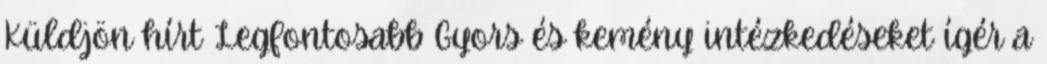
Küldjön hírt Legfontosabb Gyors és kemény intézkedéseket ígér a